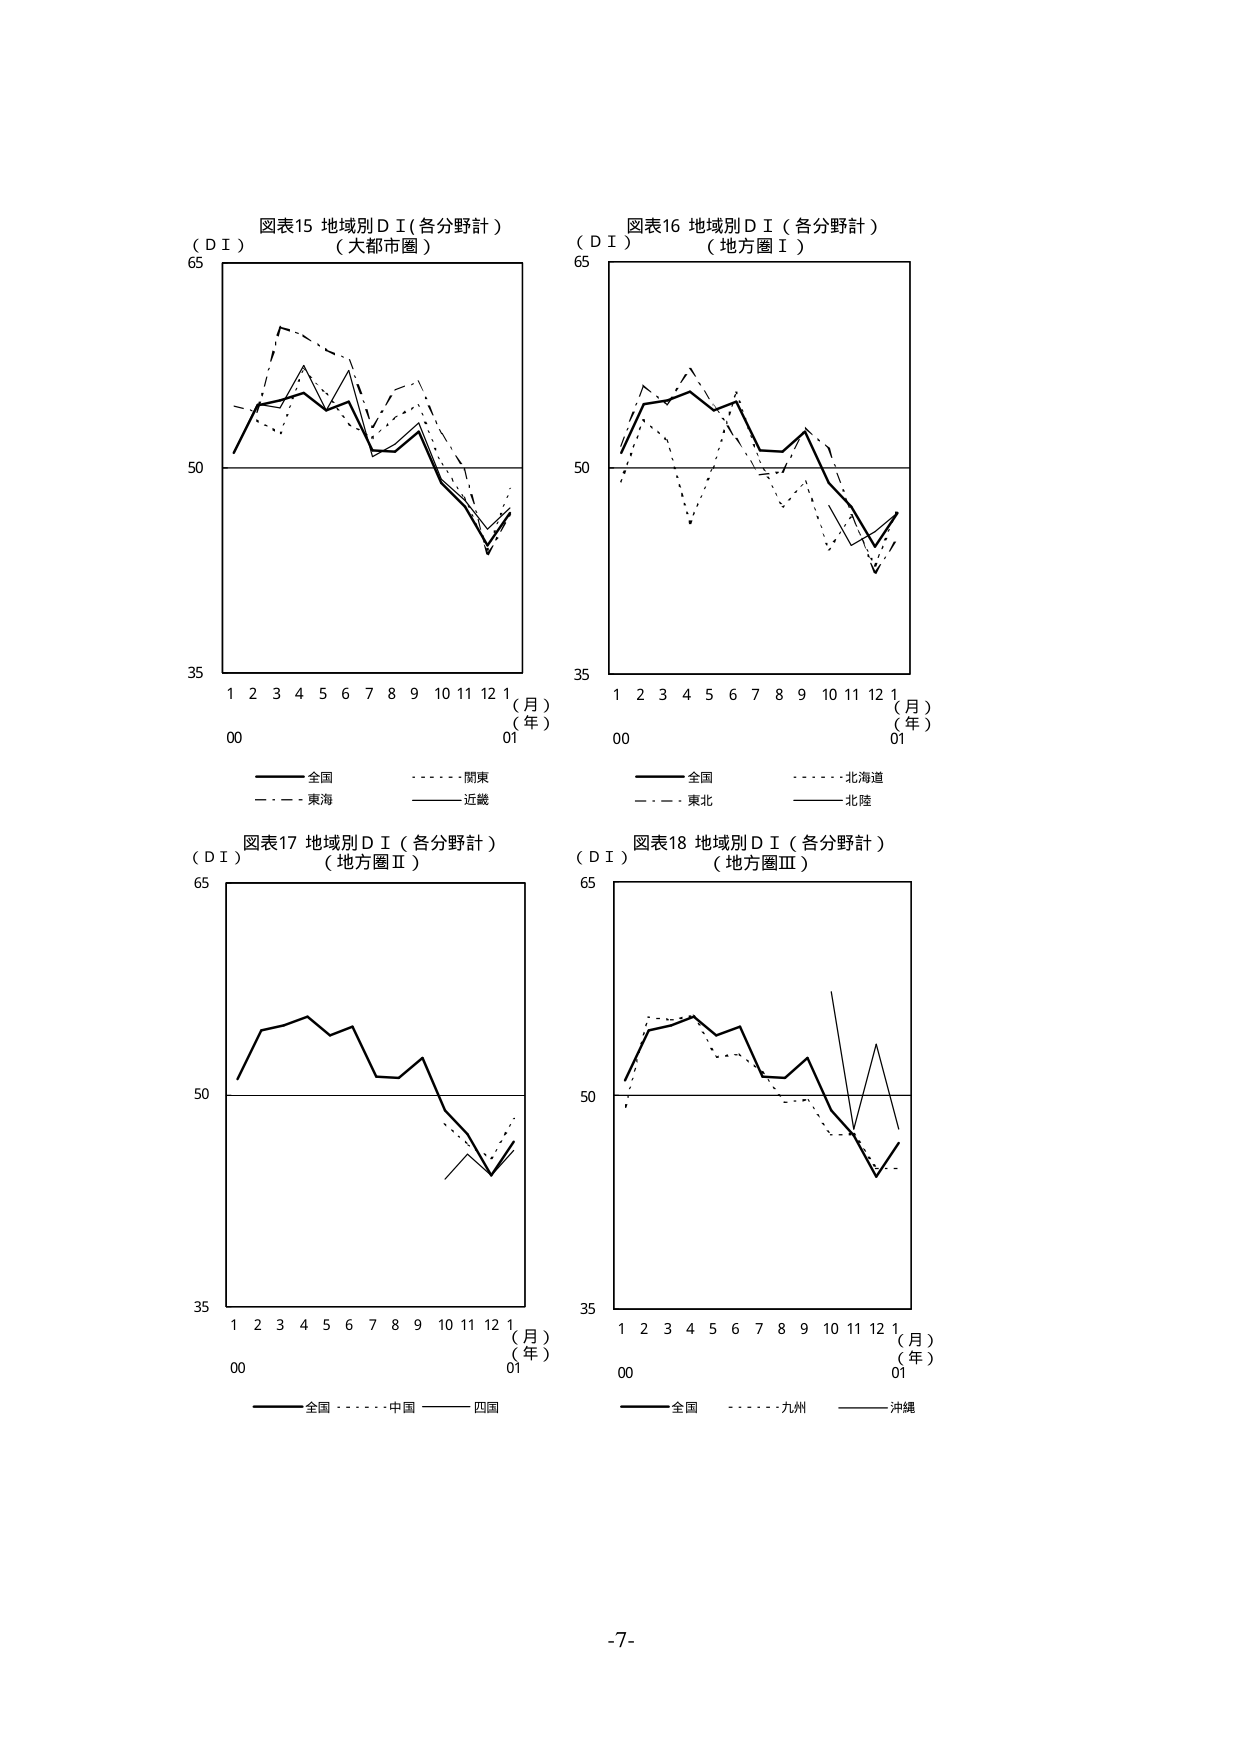
図表15 地域別ＤＩ（各分野計）
（大都市圏）
（ＤＩ）
65
50
35
1 2 3 4 5 6 7 8 9 10 11 12 1
（月）
（年）
00 01
―――― 全国
―――― 関東
―――― 東海
―――― 近畿

図表16 地域別ＤＩ（各分野計）
（地方圏Ⅰ）
（ＤＩ）
65
50
35
1 2 3 4 5 6 7 8 9 10 11 12 1
（月）
（年）
00 01
―――― 全国
―――― 北海道
―――― 東北
―――― 北陸

図表17 地域別ＤＩ（各分野計）
（地方圏Ⅱ）
（ＤＩ）
65
50
35
1 2 3 4 5 6 7 8 9 10 11 12 1
（月）
（年）
00 01
―――― 全国
―――― 中國
―――― 四国

図表18 地域別ＤＩ（各分野計）
（地方圏Ⅲ）
（ＤＩ）
65
50
35
1 2 3 4 5 6 7 8 9 10 11 12 1
（月）
（年）
00 01
―――― 全国
―――― 九州
―――― 沖縄

-7-